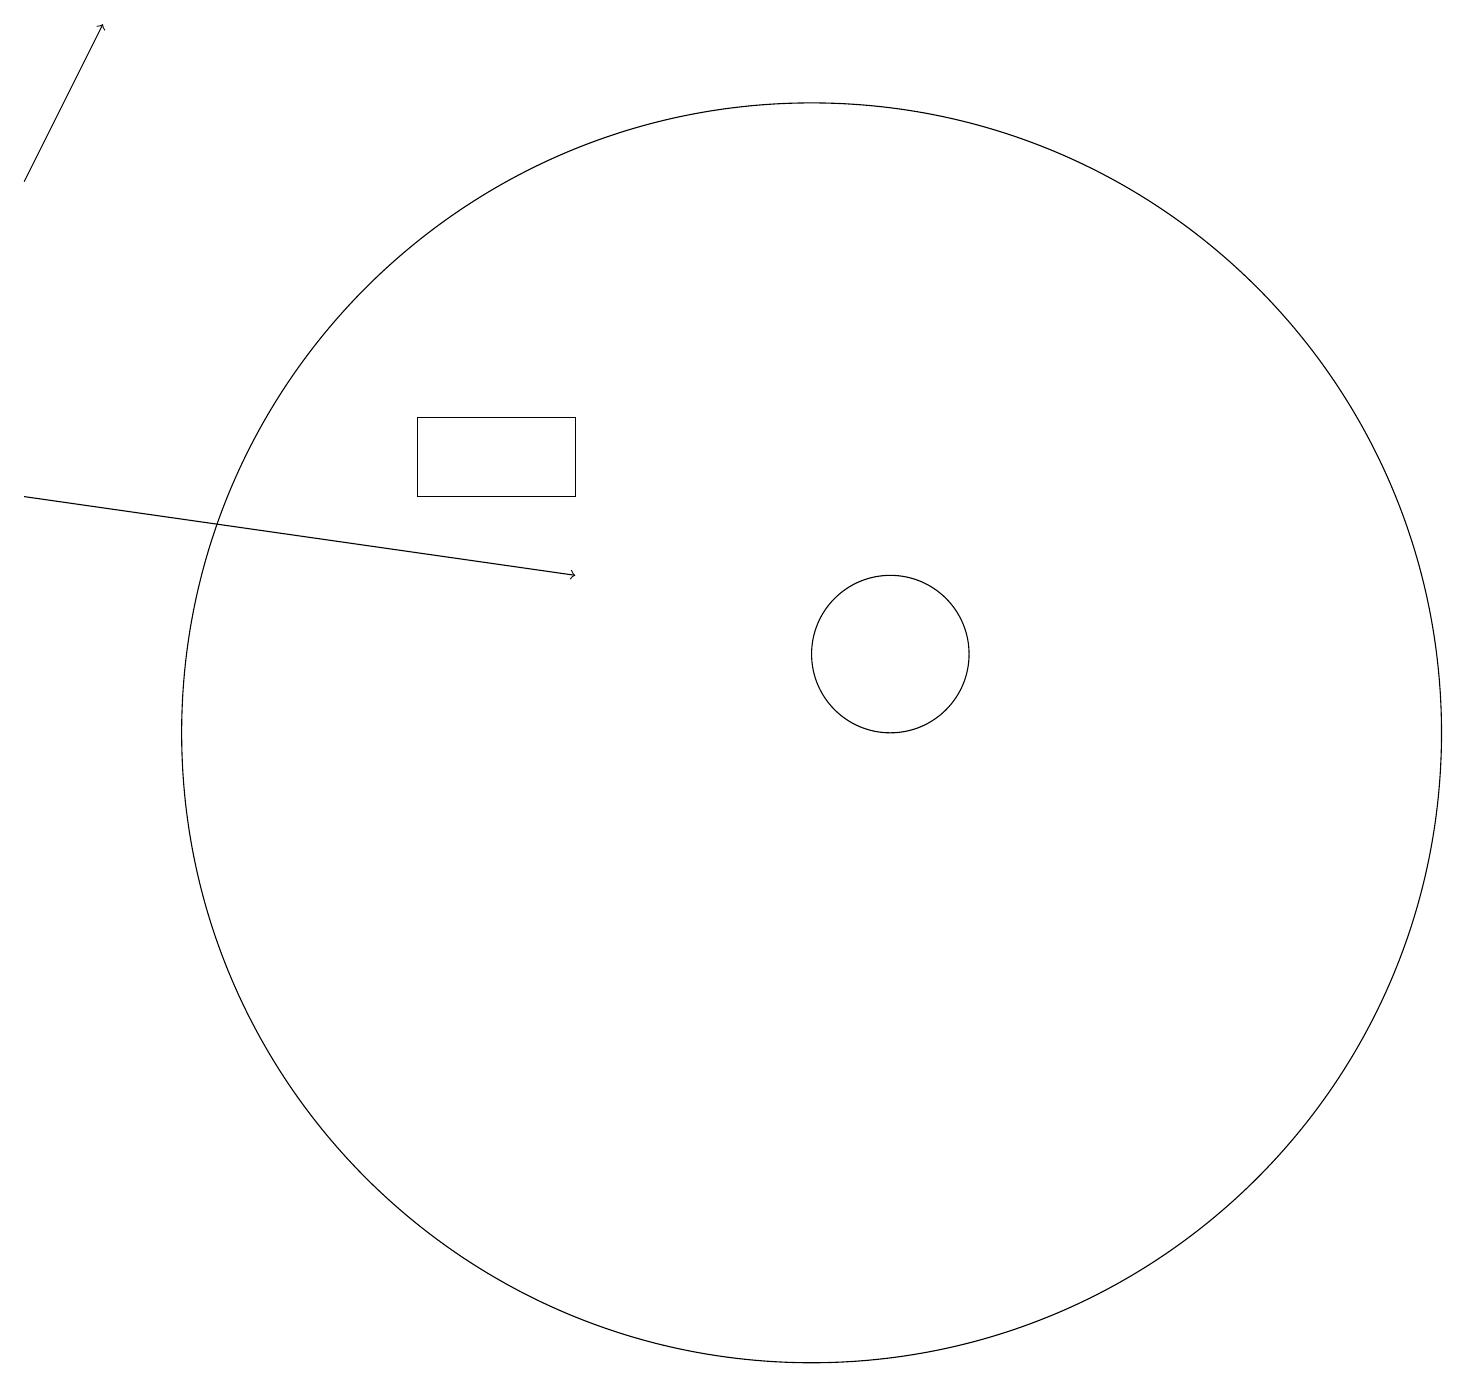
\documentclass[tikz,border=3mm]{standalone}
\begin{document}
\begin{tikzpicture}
\draw (5,14) rectangle (7,13);
\draw[->] (0,17) -- (1,19);
\draw[->] (0,13) -- (7,12);
\draw (10,10) circle (8);
\draw (11,11) circle (1);
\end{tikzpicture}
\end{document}